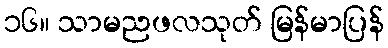
၁၆။ သာမညဖလသုတ် မြန်မာပြန်